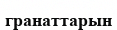
гранаттарын